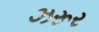
ઝરૂર